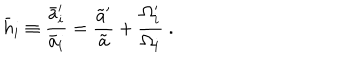
LaTeX: \bar { h } _ { i } \equiv { \frac { \bar { a } _ { i } ^ { \prime } } { \bar { a } _ { i } } } = { \frac { \tilde { a } ^ { \prime } } { \tilde { a } } } + { \frac { \Omega _ { i } ^ { \prime } } { \Omega _ { i } } } \ .